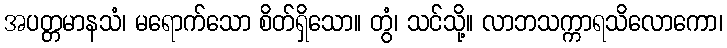
အပတ္တမာနသံ၊ မရောက်သော စိတ်ရှိသော။ တွံ၊ သင်သို့။ လာဘသက္ကာရသိလောကော၊